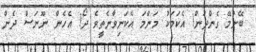
ބޭނުމޭ ގެންދަން! އެކަމަކު މަންމަ އެކަނިވާނެތީވެ ދޯ! އެހެން ނޫނަސް ދެން